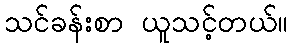
သင်ခန်းစာ ယူသင့်တယ်။